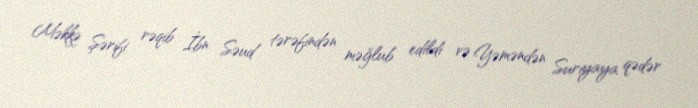
Məkkə Şərifi rəqib İbn Səud tərəfindən məğlub edildi və Yəməndən Suriyaya qədər